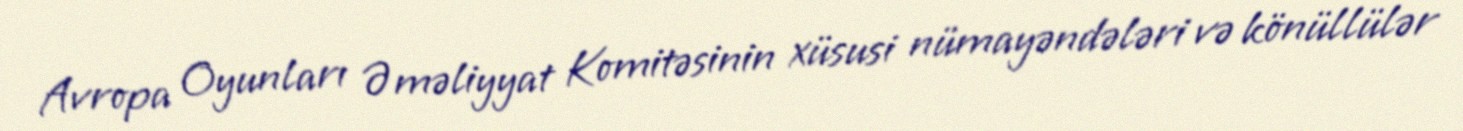
Avropa Oyunları Əməliyyat Komitəsinin xüsusi nümayəndələri və könüllülər